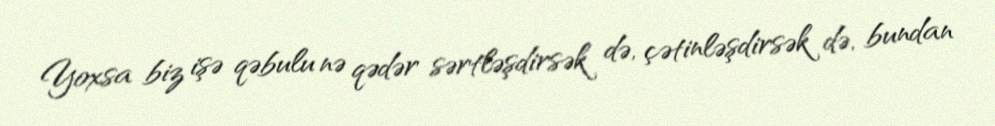
Yoxsa biz işə qəbulu nə qədər sərtləşdirsək də, çətinləşdirsək də, bundan